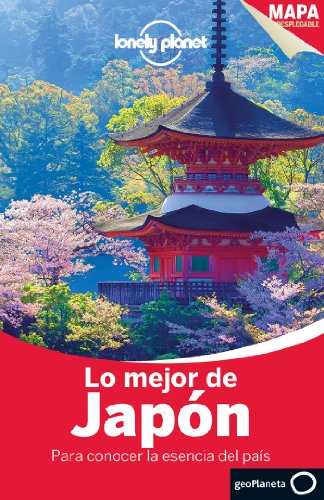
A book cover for Lonely Planet Lo Mejor De Japon (Travel Guide) (Spanish Edition); Lonely Planet; Travel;